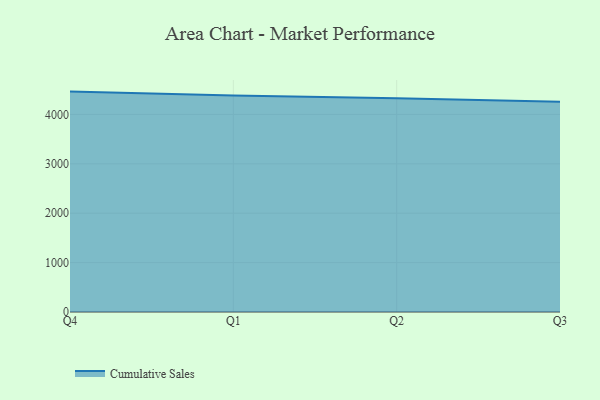
{"axis": {"x": "Quarter", "y": "Population (Million)"}, "legend": ["Cumulative Sales"], "data": [{"x": "Q4", "y": 4462.7, "type": "Cumulative Sales"}, {"x": "Q1", "y": 4384.4, "type": "Cumulative Sales"}, {"x": "Q2", "y": 4325.6, "type": "Cumulative Sales"}, {"x": "Q3", "y": 4256.0, "type": "Cumulative Sales"}]}